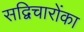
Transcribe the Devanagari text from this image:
सद्विचारोंका